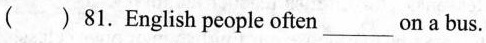
( ) 81.English people often___on a bus.